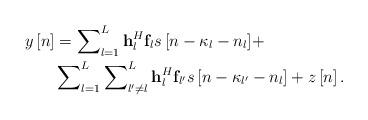
LaTeX: \begin{align*} \begin{aligned} y\left[ n \right] &= \sum\nolimits_{l = 1}^L {{\bf{h}}_l^H{{\bf{f}}_l}s\left[ {n - {\kappa _l} - {n_l}} \right]} + \\ & \sum\nolimits_{l = 1}^L {\sum\nolimits_{l' \ne l}^L {{\bf{h}}_l^H{{\bf{f}}_{l'}}s\left[ {n - {\kappa _{l'}} - {n_l}} \right]} } + z\left[ n \right]. \end{aligned} \end{align*}